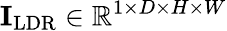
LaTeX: \mathbf{I}_{\mathrm{LDR}}\in\mathbb{R}^{1\times D\times H\times W}